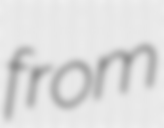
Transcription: from